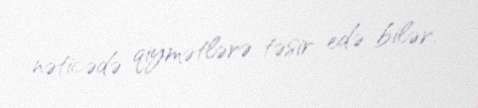
nəticədə qiymətlərə təsir edə bilər.